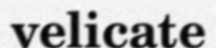
velicate